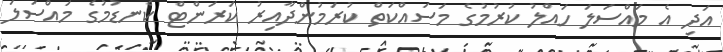
އަދި އެ މައްސަލަ ހައްލު ކުރުމުގެ މަސައްކަތް ކުރަމުންދާއިރު ކަރަންޓް ކެނޑުމުގެ މައްސަލަ